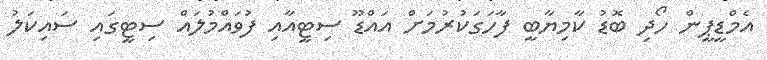
އެމްޑީޕީން ހޯދި ބޮޑު ކާމިޔާބީ ފާހަގަކުރުމަށް އައްޑޫ ސިޓީއާއި ފުވައްމުލައް ސިޓީގައި ސައިކަލު